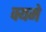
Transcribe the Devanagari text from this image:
क्यमे